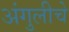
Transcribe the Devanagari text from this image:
अंगुलीचे